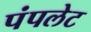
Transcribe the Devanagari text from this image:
पंपलेट